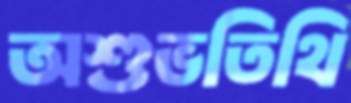
অশুভতিথি